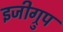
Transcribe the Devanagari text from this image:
इजीग्रुप